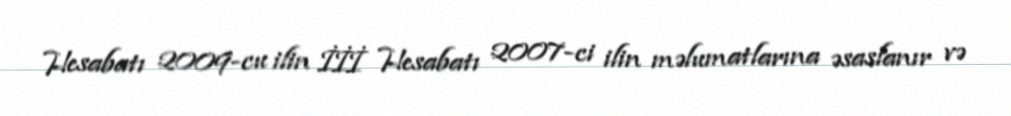
Hesabatı 2009-cu ilin İİİ Hesabatı 2007-ci ilin məlumatlarına əsaslanır və